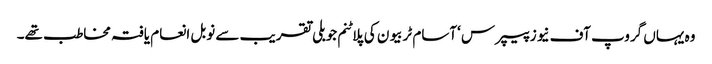
وہ یہاں گروپ آف نیوز پیپرس ‘آسام ٹربیو ن کی پلاٹنم جوبلی تقریب سے نوبل انعام یافتہ مخاطب تھے۔